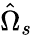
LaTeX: \hat{\Omega}_{s}